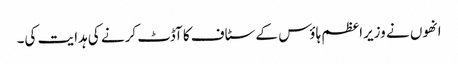
انھوں نے وزیراعظم ہاؤس کے سٹاف کا آڈٹ کرنے کی ہدایت کی۔